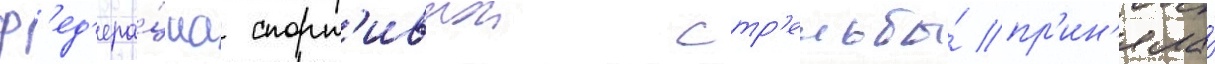
ф'ед'ера́циа спорт'ивнои стр'ельбы́ пр'ин'яла́